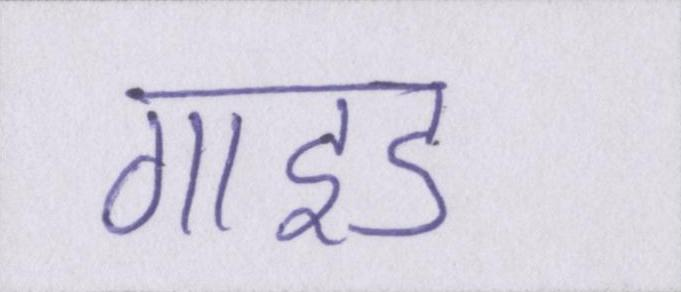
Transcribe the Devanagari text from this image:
गाइड